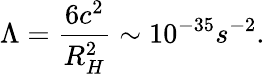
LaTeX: \Lambda=\frac{6c^{2}}{R_{H}^{2}}\sim 10^{-35}s^{-2}.